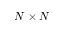
N \times N